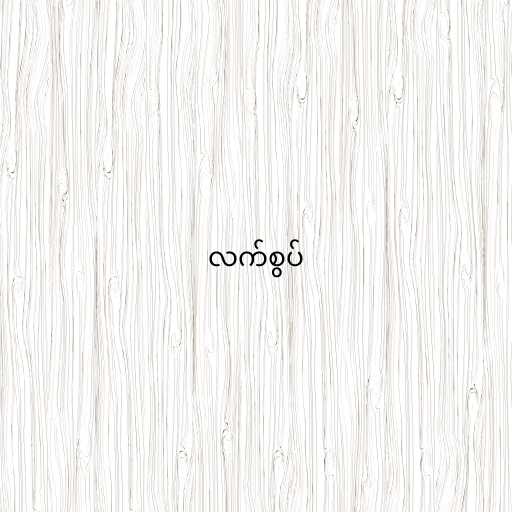
လက်စွပ်